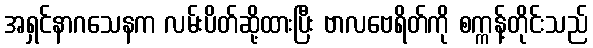
အရှင်နာဂသေနက လမ်းပိတ်ဆို့ထားပြီး ဗာလဗေရိတ်ကို စက္ကန့်တိုင်းသည်